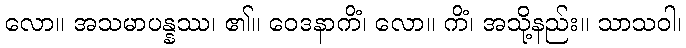
လော။ အသမာပန္နဿ၊ ၏။ ဝေဒနာကိံ၊ လော။ ကိံ၊ အသို့နည်း။ သာသဝါ၊